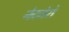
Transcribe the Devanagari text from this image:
नेटजेरो